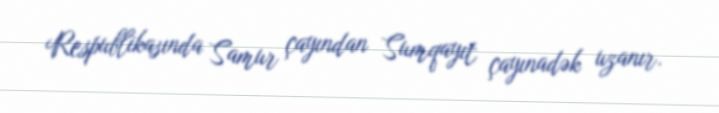
Respublikasında Samur çayından Sumqayıt çayınadək uzanır.